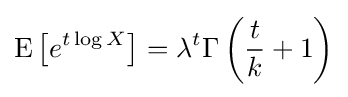
\operatorname {E} \left[e^{t\log X}\right]=\lambda ^{t}\Gamma \left({\frac {t}{k}}+1\right)